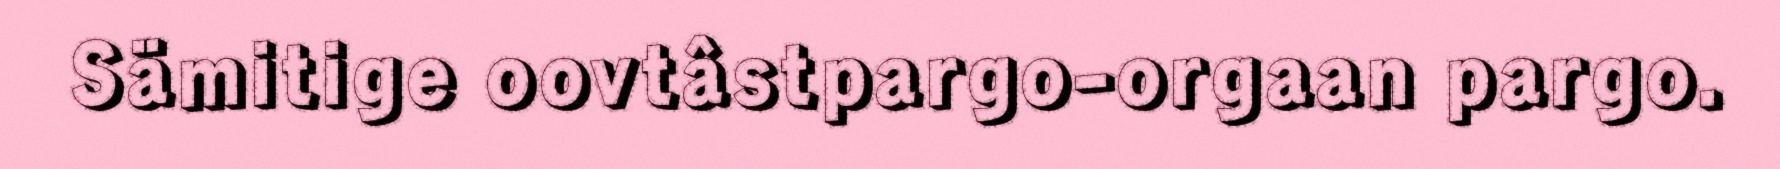
Sämitige oovtâstpargo-orgaan pargo.